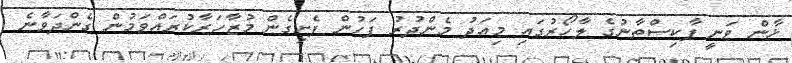
ޚާން ވަނީ ޕާކިސްތާނުގެ ލާހޯރުގައި މިއަދު މެންދުރު ފަހުން ފެށިގެން މުޒާހަރާކުރައްވަމުން ގެންދަވާނެ